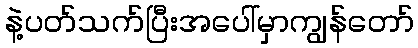
နဲ့ပတ်သက်ပြီးအပေါ်မှာကျွန်တော်